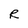
Character: R